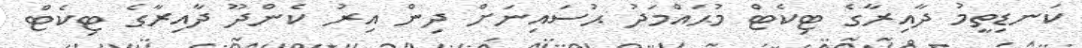
ކަނޑިތީމު ދާއިރާގެ ޓިކެޓް މުޙައްމަދު ޙުސައިނަށް ދިން އިރު ކެންދޫ ދާއިރާގެ ޓިކެޓް